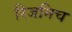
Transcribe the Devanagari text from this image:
रिजनिच